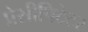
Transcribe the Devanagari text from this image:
प्रेसीपिटेटर